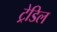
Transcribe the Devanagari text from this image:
ट्रेडिल